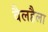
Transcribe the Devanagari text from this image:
वैलहैला